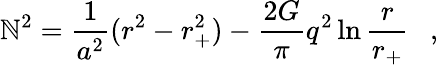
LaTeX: \mathbb{N}^{2}={\frac{{1}}{{a^{2}}}}(r^{2}-r_{+}^{2})-{\frac{{2G}}{{\pi}}}q^{2}\ln{\frac{{r}}{{r_{+}}}}~~~,